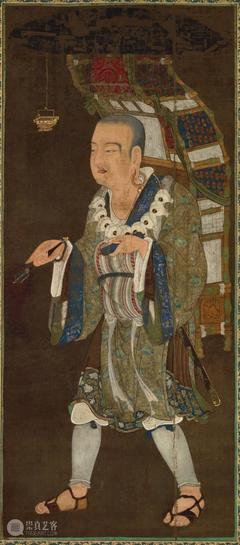
女也不爽，士贰其行。士也罔极，二三其德。